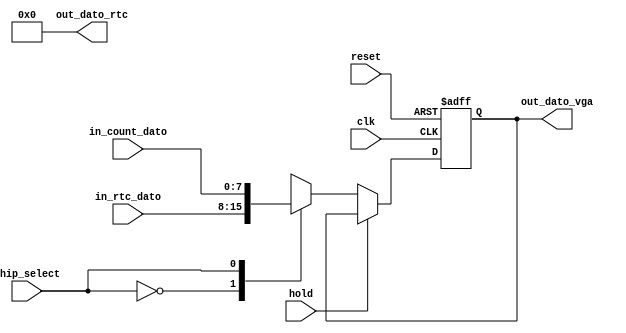
module Registro_timer(
		input wire hold,
		input wire [7:0]in_rtc_dato,
		input wire [7:0]in_count_dato,
		input wire clk, //system clock
		input wire reset, //system reset
		input wire chip_select, //Control data
		output wire [7:0]out_dato_vga,
		output wire [7:0]out_dato_rtc
    );

reg [7:0]reg_dato;
reg [7:0]next_dato;
//reg [7:0]dato_temp;

//Secuencial
always@(negedge clk, posedge reset)
begin
	if(reset) reg_dato <= 0;
	else reg_dato <= next_dato;
end

//Combinacional
always@*
	begin
	if (~hold) begin
	case(chip_select)
	1'b0: next_dato = in_rtc_dato;
	1'b1: next_dato = in_count_dato;
	endcase
	end
	else next_dato = reg_dato;
	end

/////////////////////////////////////////////////

assign out_dato_vga = reg_dato;
assign out_dato_rtc = 8'h00;

endmodule